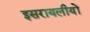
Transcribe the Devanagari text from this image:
इसरायलीयों